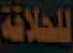
للحلاقة